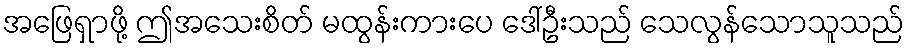
အဖြေရှာဖို့ ဤအသေးစိတ် မထွန်းကားပေ ဒေါ်ဦးသည် သေလွန်သောသူသည်